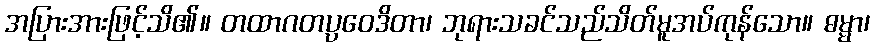
အပြားအားဖြင့်သိ၏။ တထာဂတပ္ပဝေဒိတာ၊ ဘုရားသခင်သည်သိတ်မူအပ်ကုန်သော။ ဓမ္မာ၊